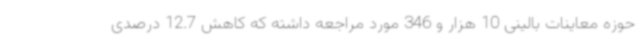
حوزه معاینات بالینی 10 هزار و 346 مورد مراجعه داشته که کاهش 12.7 درصدی